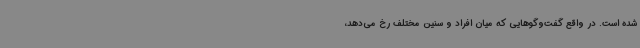
شده است. در واقع گفت‌وگوهایی که میان افراد و سنین مختلف رخ می‌دهد،